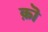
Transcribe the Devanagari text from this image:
क़ॊ